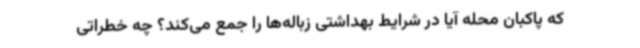
که پاکبان محله آیا در شرایط بهداشتی زباله‌ها را جمع می‌کند؟ چه خطراتی